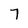
Character: 7